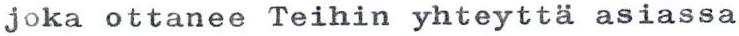
joka ottanee Teihin yhteyttä asiassa